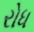
રોધ